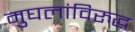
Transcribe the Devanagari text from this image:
मुघलांविरुद्ध